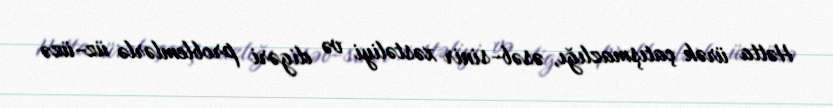
Hətta ürək çatışmazlığı, əsəb-sinir xəstəliyi və digəri problemlərlə üz-üzə